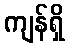
ကျန်ရှိ